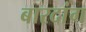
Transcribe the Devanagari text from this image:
बारदांग